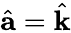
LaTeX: \hat{{\mathbf a}}=\hat{{\mathbf k}}